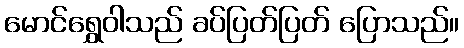
မောင်ရွှေဝါသည် ခပ်ပြတ်ပြတ် ပြောသည်။